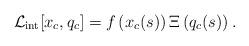
LaTeX: \begin{align*}{\cal L}_{\rm int}[x_c,q_c] = f \left( x_c(s)\right) \Xi\left( q_c(s)\right). \end{align*}